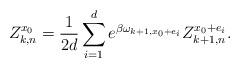
LaTeX: \begin{align*}Z_{k,n}^{x_0}=\frac{1}{2d}\sum_{i=1}^{d} e^{\beta \omega_{k+1,x_0+e_i}} Z_{k+1,n}^{x_0+e_i}.\end{align*}